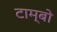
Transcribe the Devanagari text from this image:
टाम्बो